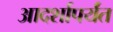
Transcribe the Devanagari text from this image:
आदर्शापर्यंत